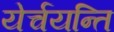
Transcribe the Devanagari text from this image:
येर्चयन्ति